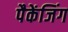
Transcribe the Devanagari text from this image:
पैकेंजिंग